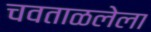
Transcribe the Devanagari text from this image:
चवताळलेला